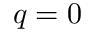
q = 0